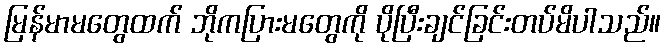
မြန်မာမတွေထက် ဘိုကပြားမတွေကို ပိုပြီးချင်ခြင်းတပ်မိပါသည်။